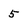
Character: 5